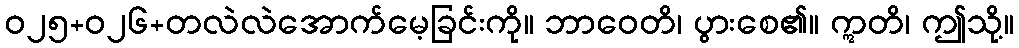
ဝ၂၅+၀၂၆+တလဲလဲအောက်မေ့ခြင်းကို။ ဘာဝေတိ၊ ပွားစေ၏။ ဣတိ၊ ဤသို့။